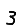
Digit: 3